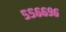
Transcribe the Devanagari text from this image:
५५६६९६